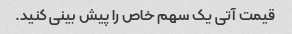
قیمت آتی یک سهم خاص را پیش بینی کنید.